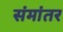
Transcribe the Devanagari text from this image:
संमांतर